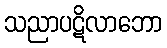
သညာပဋိလာဘော